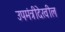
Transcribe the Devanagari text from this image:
उपमंत्रीदेखील